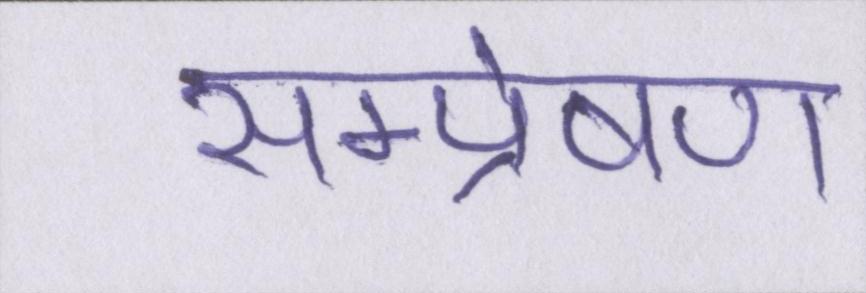
सम्प्रेषण